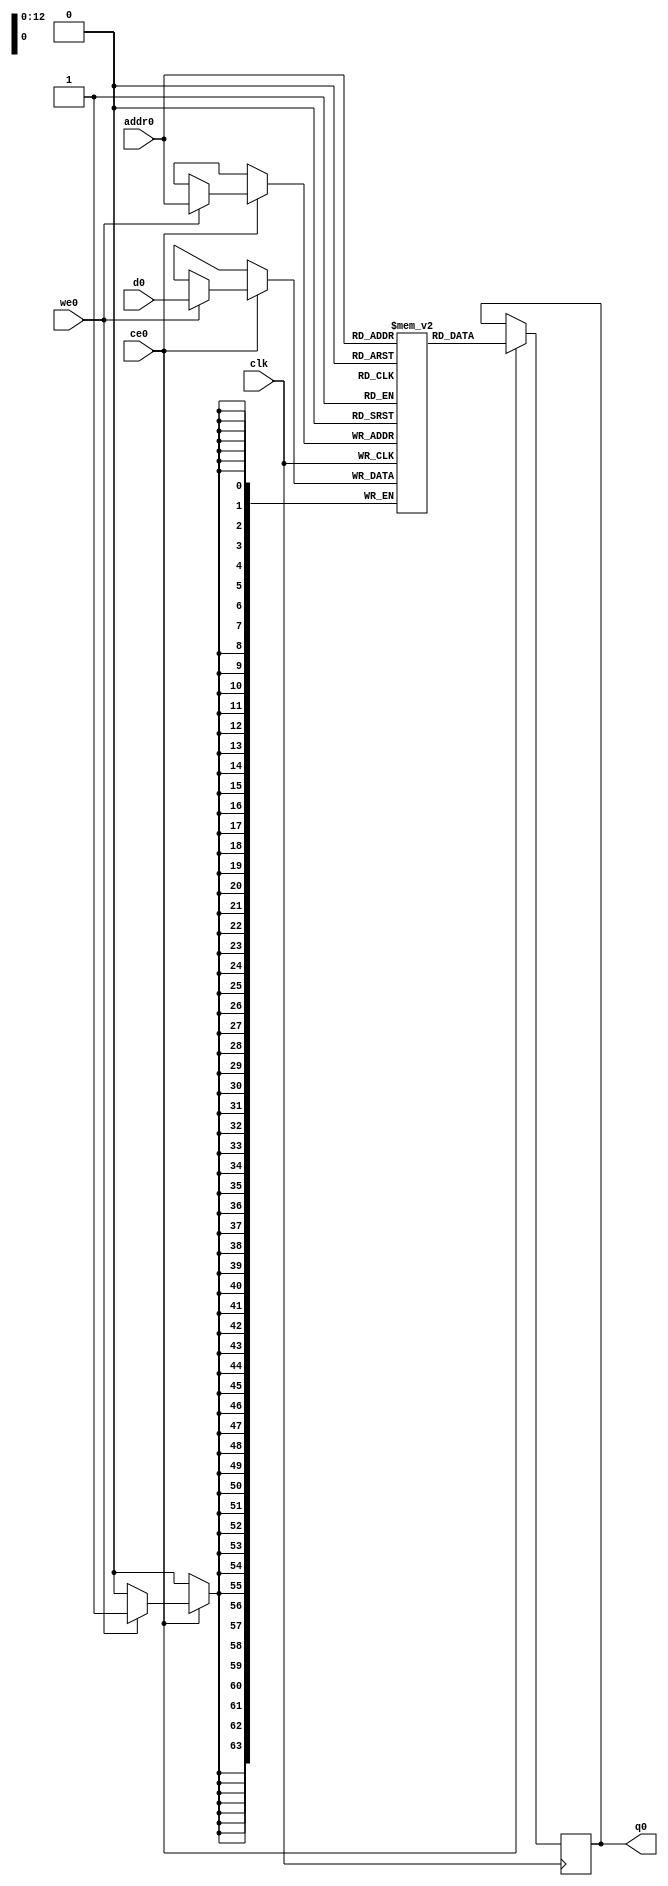
// ==============================================================
// Vitis HLS - High-Level Synthesis from C, C++ and OpenCL v2020.2 (64-bit)
// Copyright 1986-2020 Xilinx, Inc. All Rights Reserved.
// ==============================================================
`timescale 1 ns / 1 ps
module tx_write_dev_MSN_V_ram (addr0, ce0, d0, we0, q0,  clk);

parameter DWIDTH = 64;
parameter AWIDTH = 13;
parameter MEM_SIZE = 8192;

input[AWIDTH-1:0] addr0;
input ce0;
input[DWIDTH-1:0] d0;
input we0;
output reg[DWIDTH-1:0] q0;
input clk;

(* ram_style = "hls_ultra", cascade_height = 1 *)reg [DWIDTH-1:0] ram[0:MEM_SIZE-1];




always @(posedge clk)  
begin 
    if (ce0) begin
        if (we0) 
            ram[addr0] <= d0; 
        q0 <= ram[addr0];
    end
end


endmodule